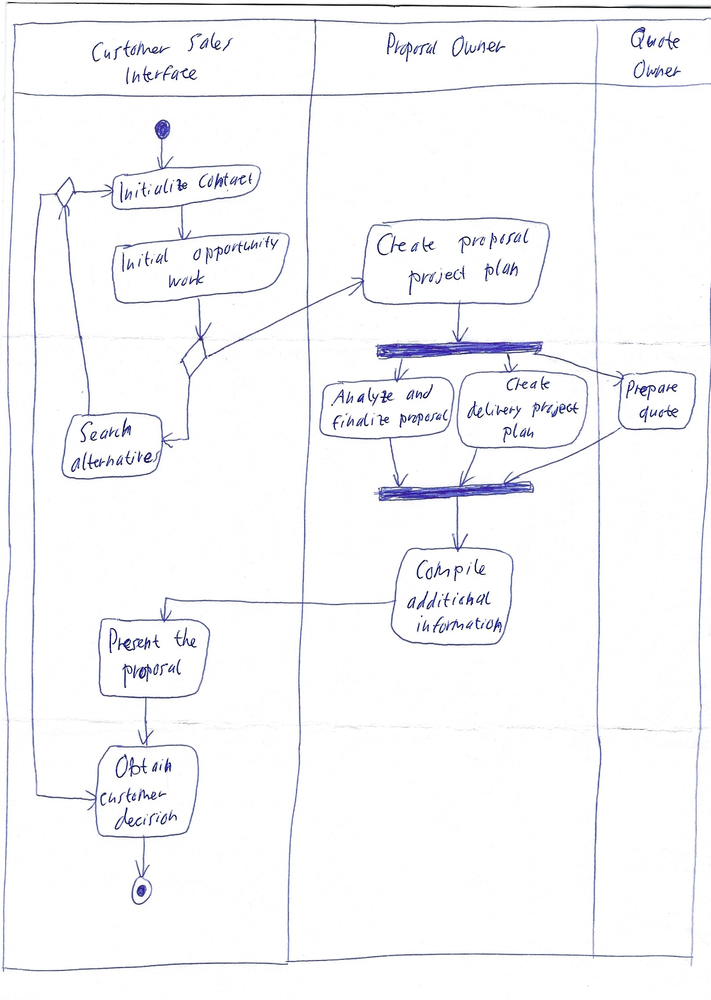
Diagram type: activity_diagram
@startuml

|Customer Sales Interface|
start

repeat
  :Initialize contact;
  :Initial opportunity work;

  if ()
    :Search alternatives;
    if ()
      :Obtain customer decision;
      stop
    endif
  else
    |Proposal Owner|
    :Create proposal project plan;
    fork
      :Analyze and finalize proposal;
    fork again
      :Create delivery project plan;
    fork again
      |Quote Owner|
      :Prepare quote;
      |Proposal Owner|
    end fork
    :Compile additional information;
    |Customer Sales Interface|
    :Present the proposal;
    :Obtain customer decision;
    stop
  endif

repeat while ()

@enduml